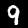
Digit: 9